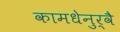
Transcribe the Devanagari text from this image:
कामधेनुर्वै